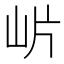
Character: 𭖎